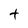
Character: t